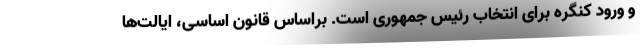
و ورود کنگره برای انتخاب رئیس جمهوری است. براساس قانون اساسی، ایالت‌ها